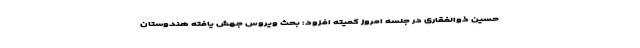
حسین ذوالفقاری در جلسه امروز کمیته افزود: بحث ویروس جهش یافته هندوستان